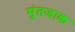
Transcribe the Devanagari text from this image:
मुंतजाक